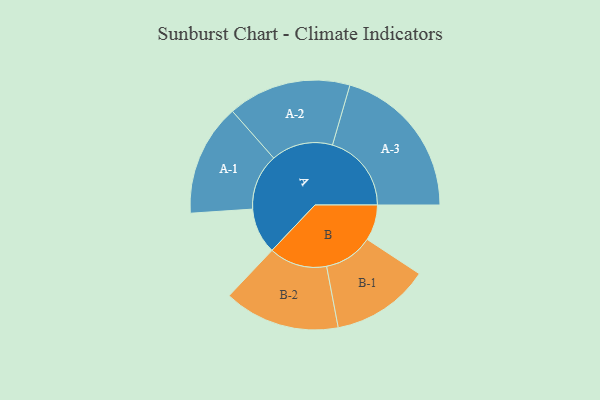
{"axis": {"x": "Segment", "y": "Value"}, "legend": ["", "A", "B"], "data": [{"x": "A", "y": 164, "type": ""}, {"x": "B", "y": 128, "type": ""}, {"x": "A-1", "y": 201, "type": "A"}, {"x": "A-2", "y": 221, "type": "A"}, {"x": "A-3", "y": 283, "type": "A"}, {"x": "B-1", "y": 176, "type": "B"}, {"x": "B-2", "y": 208, "type": "B"}]}